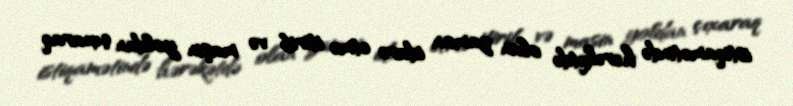
istiqamətində hərəkətdə olan zaman idarə etmə itirib və maşin yoldan çıxaraq